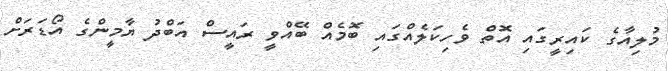
މުލިއާގެ ކައިރީގައި އޮތް ވެހިކަލެއްގައި ބޮމެއް ބޭއްވީ ރައީސް އަބްދު ޔާމީންގެ އޯޑަރަށް